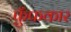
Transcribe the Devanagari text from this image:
फुँफकार